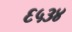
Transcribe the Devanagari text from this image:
६५३४